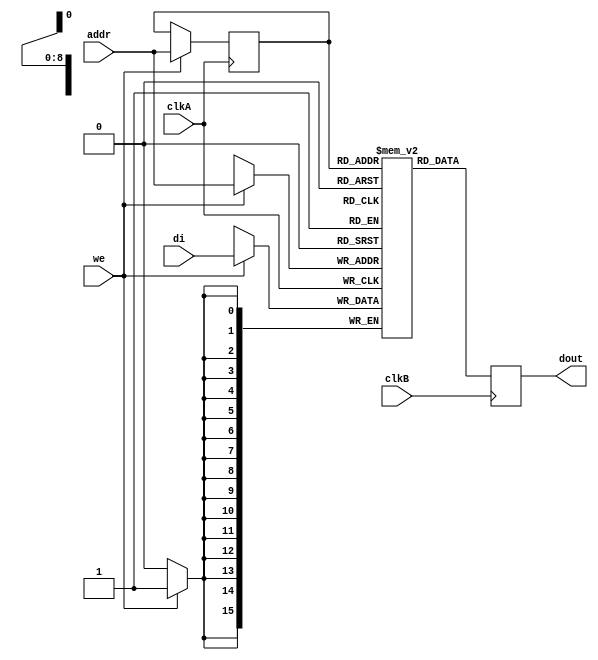

module rams_reg_io_sp_dc_512x16_block (clkA, clkB, we, addr, di, dout);
input clkA;
input clkB;
input we;
input [8:0] addr;
input [15:0] di;
output [15:0] dout;

reg [8:0] addr_reg=0;
(* ram_style = "block" *)
reg [15:0] RAM [511:0];
reg [15:0] dout;

always @(posedge clkA)
    begin
        if (we)
        begin
            RAM[addr] <= di;
            addr_reg <= addr;
        end
    end

always @ (posedge clkB) 
    begin
        dout <= RAM[addr_reg]; 
    end
endmodule